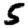
Digit: 5